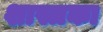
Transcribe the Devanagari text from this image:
शास्त्रका